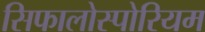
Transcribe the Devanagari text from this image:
सिफालोस्पोरियम